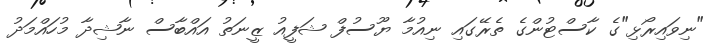
"ނިވައިރޯޅި"ގެ ކާސްޓުންގެ ތެރޭގައި ނިއުމާ ޔޫސުފް ޝަފީއު ޒީނަތު އައްބާސް ނާޝިދާ މުހައްމަދު